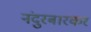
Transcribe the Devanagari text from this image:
नंदुरबारकर